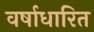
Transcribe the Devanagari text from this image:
वर्षाधारित